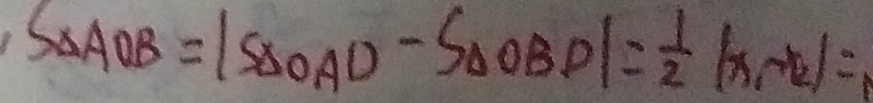
\cdot S _ { \Delta A O B } = \vert S _ { \Delta O A D } - S _ { \Delta O B D } \vert = \frac { 1 } { 2 } \vert x _ { 1 } - x _ { 2 } \vert =